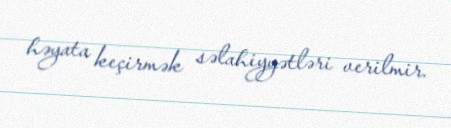
həyata keçirmək səlahiyyətləri verilmir.